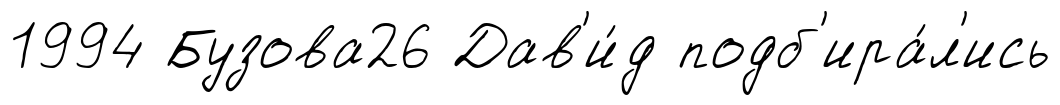
1994 Бузова26 Дав'и́д подб'ира́л'ись